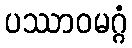
ပဿာဝမဂ္ဂံ